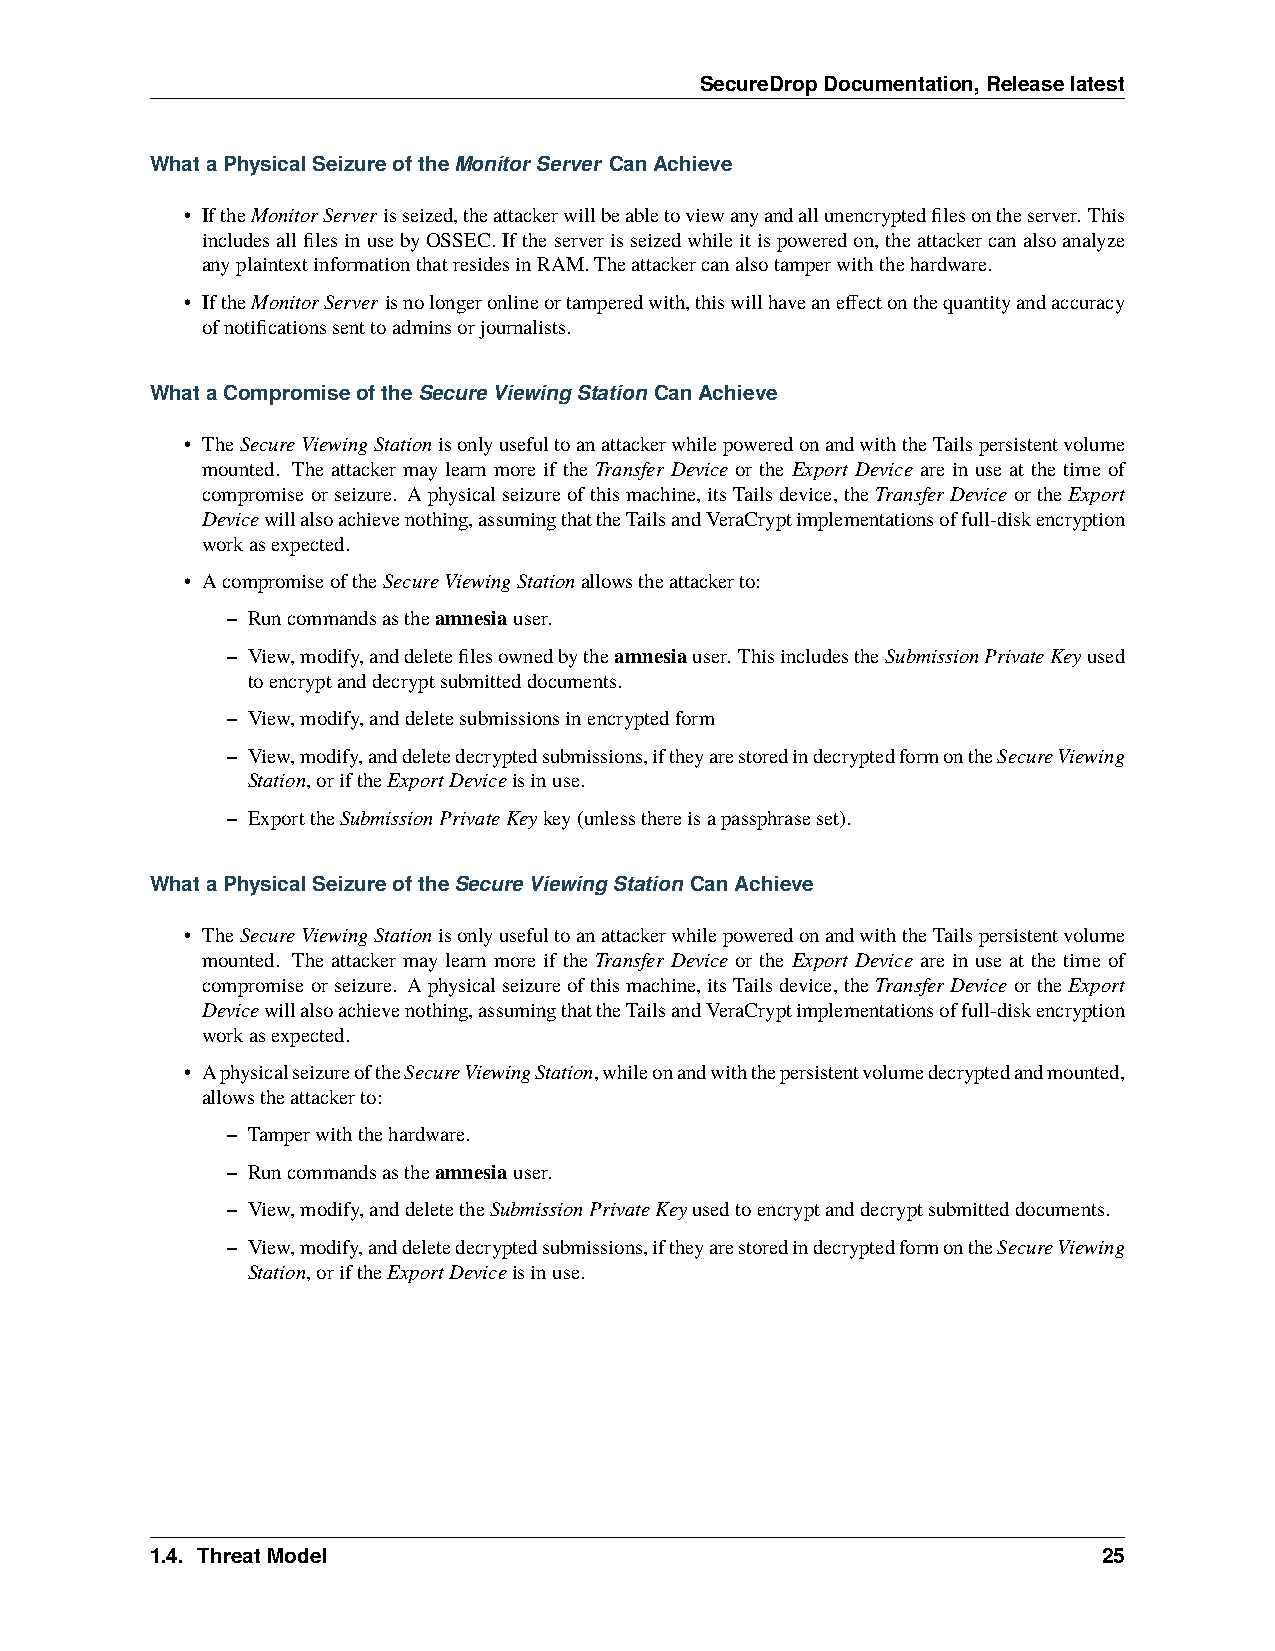
SecureDropDocumentation,Releaselatest
 WhataPhysicalSeizureoftheMonitorServer CanAchieve
 • IftheMonitorServerisseized,theattackerwillbeabletoviewanyandallunencryptedfilesontheserver. This
 includesallfilesinusebyOSSEC.Iftheserverisseizedwhileitispoweredon,theattackercanalsoanalyze
 anyplaintextinformationthatresidesinRAM.Theattackercanalsotamperwiththehardware.
 • IftheMonitorServerisnolongeronlineortamperedwith,thiswillhaveaneffectonthequantityandaccuracy
 ofnotificationssenttoadminsorjournalists.
 WhataCompromiseoftheSecureViewingStationCanAchieve
 • TheSecureViewingStationisonlyusefultoanattackerwhilepoweredonandwiththeTailspersistentvolume
 mounted. The attacker may learn more if the Transfer Device or the Export Device are in use at the time of
 compromiseorseizure. Aphysicalseizureofthismachine,itsTailsdevice,theTransferDeviceortheExport
 Devicewillalsoachievenothing,assumingthattheTailsandVeraCryptimplementationsoffull-diskencryption
 workasexpected.
 • AcompromiseoftheSecureViewingStationallowstheattackerto:
 – Runcommandsastheamnesiauser.
 – View,modify,anddeletefilesownedbytheamnesiauser. ThisincludestheSubmissionPrivateKeyused
 toencryptanddecryptsubmitteddocuments.
 – View,modify,anddeletesubmissionsinencryptedform
 – View,modify,anddeletedecryptedsubmissions,iftheyarestoredindecryptedformontheSecureViewing
 Station,oriftheExportDeviceisinuse.
 – ExporttheSubmissionPrivateKeykey(unlessthereisapassphraseset).
 WhataPhysicalSeizureoftheSecureViewingStationCanAchieve
 • TheSecureViewingStationisonlyusefultoanattackerwhilepoweredonandwiththeTailspersistentvolume
 mounted. The attacker may learn more if the Transfer Device or the Export Device are in use at the time of
 compromiseorseizure. Aphysicalseizureofthismachine,itsTailsdevice,theTransferDeviceortheExport
 Devicewillalsoachievenothing,assumingthattheTailsandVeraCryptimplementationsoffull-diskencryption
 workasexpected.
 • AphysicalseizureoftheSecureViewingStation,whileonandwiththepersistentvolumedecryptedandmounted,
 allowstheattackerto:
 – Tamperwiththehardware.
 – Runcommandsastheamnesiauser.
 – View,modify,anddeletetheSubmissionPrivateKeyusedtoencryptanddecryptsubmitteddocuments.
 – View,modify,anddeletedecryptedsubmissions,iftheyarestoredindecryptedformontheSecureViewing
 Station,oriftheExportDeviceisinuse.
 1.4. ThreatModel                                               25